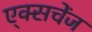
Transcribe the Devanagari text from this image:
ए्क्सचेंज